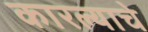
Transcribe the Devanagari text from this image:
कारल्याचे